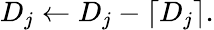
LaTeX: D_{j}\leftarrow D_{j}-\lceil D_{j}\rceil.